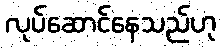
လုပ်ဆောင်နေသည်ဟု